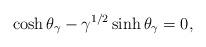
LaTeX: \begin{align*}\cosh \theta_{\gamma} -\gamma^{1/2}\sinh \theta_{\gamma} =0,\end{align*}